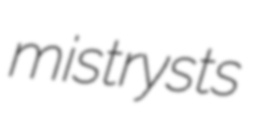
mistrysts